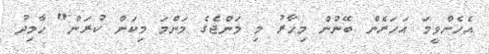
އެހެންވީމަ އަހަރެން ބޭނުން މިހާރު މި މަންޖެގެ މަންމަ މިކަން ކުރަން" ހާމިދު